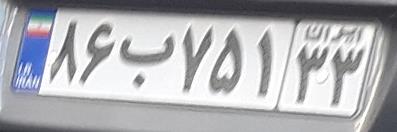
۸۶ب۷۵۱۳۳